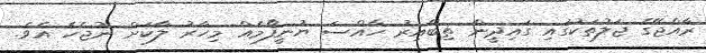
ރާއްޖޭގެ ޖަލުތަކުގައި ގައިދީން ތިބޭއިރު ހާއްސަ ޔުނީފޯމެއް މިހާރު ލާކަށް ނުޖެހެ އެވެ.